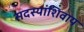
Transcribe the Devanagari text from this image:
सदस्यांशिवाय